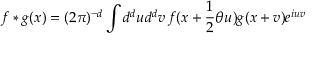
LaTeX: f \ast g ( x ) = ( 2 \pi ) ^ { - d } \int d ^ { d } u d ^ { d } v \, f ( x + \frac { 1 } { 2 } \theta u ) g ( x + v ) e ^ { i u v }